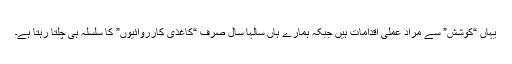
یہاں “کوشش” سے مراد عملی اقدامات ہیں جبکہ ہمارے ہاں سالہا سال صرف “کاغذی کارروائیوں” کا سلسلہ ہی چلتا رہتا ہے۔